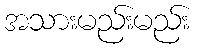
အသားမည်းမည်း